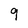
Character: 9